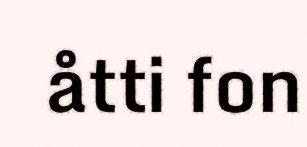
åtti fon